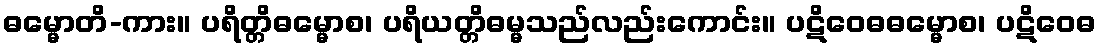
ဓမ္မောတိ-ကား။ ပရိတ္တိဓမ္မောစ၊ ပရိယတ္တိဓမ္မသည်လည်းကောင်း။ ပဋိဝေဓဓမ္မောစ၊ ပဋိဝေဓ